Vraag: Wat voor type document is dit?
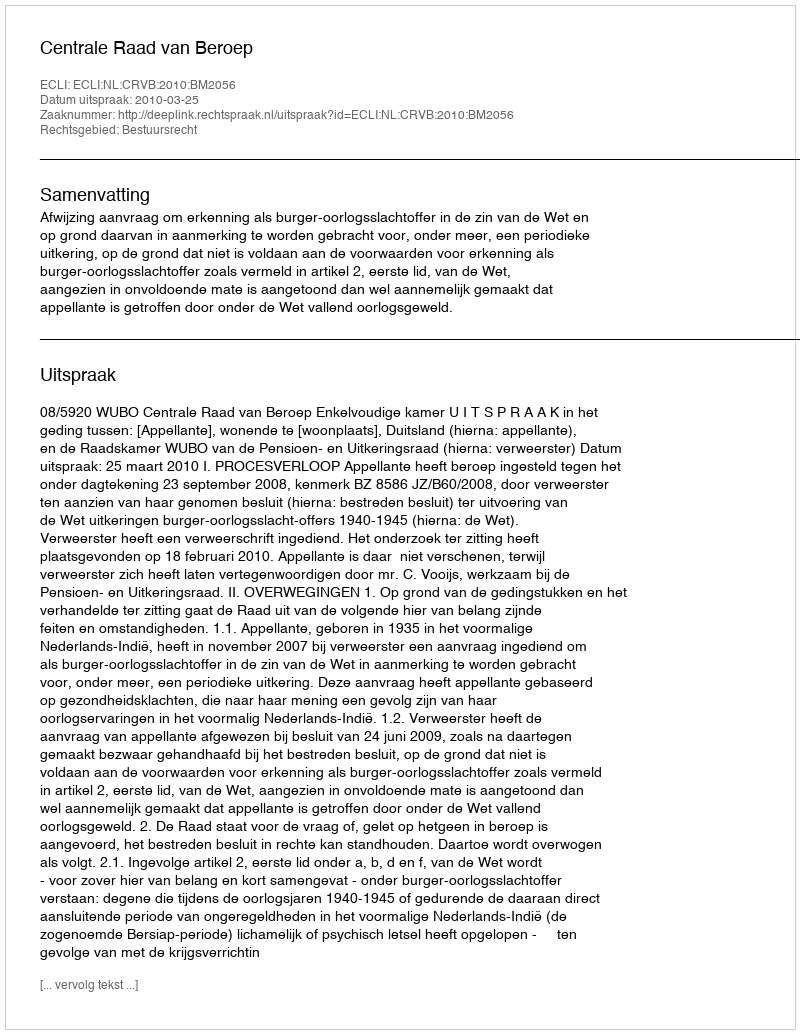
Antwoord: Uitspraak